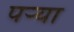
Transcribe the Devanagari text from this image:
पऱ्या